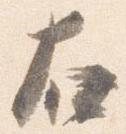
右